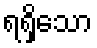
ရရှိသော